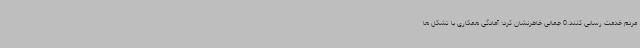
مردم خدمت رسانی کنند.0 جمالی خاطرنشان کرد: آمادگی همکاری با تشکل ها